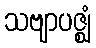
သဗျာပဇ္ဈံ